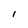
Character: 1